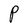
Character: P